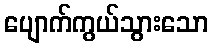
ပျောက်ကွယ်သွားသော